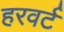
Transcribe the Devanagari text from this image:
हरवर्ट